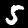
Digit: 5